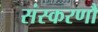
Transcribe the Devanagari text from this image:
संस्करणौं